Vaccination in the Punjab 1919-1929 - 1919-1929
Year: 1919
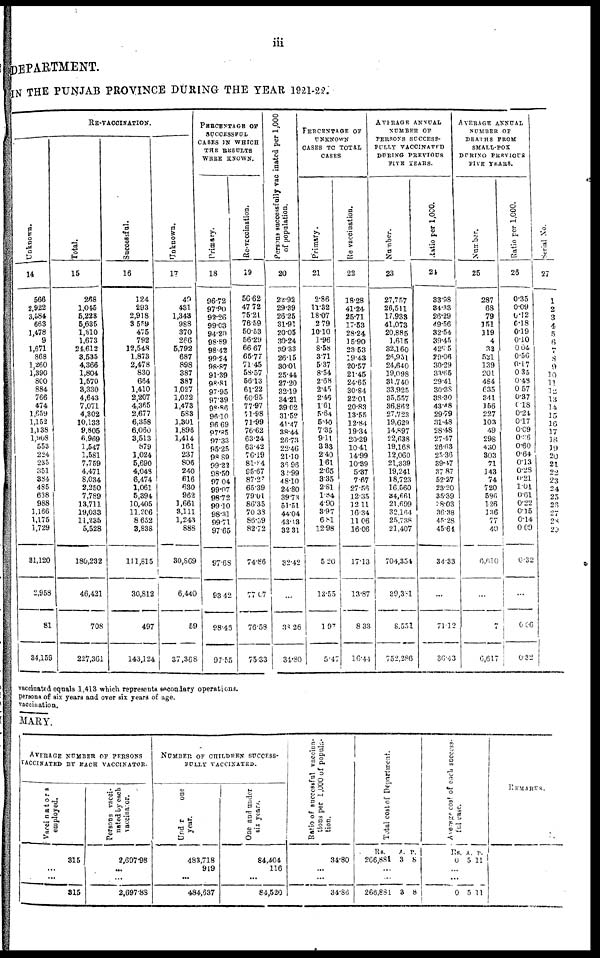
iii
DEPARTMENT.
IN THE PUNJAB PROVINCE DURING THE YEAR 1921-22.
RE-VACCINATION
Unknown.
14
566
2,922
3,584
663
1,478
9
1,671
868
1,260
1,390
800
884
766
474
1,659
1,152
1,138
1,908
553
224
235
351
384
485
638
988
1,166
1,175
1,729
31,120
2,958
81
34,159
Total.
15
268
1,045
5,223
5,635
1,310
1,673
24,612
3,535
4,366
1,804
1,570
3,330
4,643
7,071
4,302
10,133
9,805
6,969
1,547
1,581
7,759
4,471
8,034
2,250
7,789
13,711
19,033
11,235
5,528
180,232
46,421
708
227,361
Successful.
16
124
293
2,918
3,559
475
792
12,548
1,873
2,478
830
664
1,410
2,207
4,365
2,677
6,358
6,060
3,513
879
1,024
5,690
4,048
6,474
1,061
5,394
10,405
11,206
8,652
3,838
111,815
30,812
497
143,124
Unknown.
17
49
431
1,343
988
370
266
5,792
687
898
387
387
1,027
1,022
1,473
583
1,301
1,896
1,414
161
237
806
240
616
630
962
1,661
3,111
1,243
888
30,869
6,440
59
37,368
PERCENTAGE OF
SUCCESSFUL
CASES IN WHICH
THE RESULTS
WERE KNOWN.
Primary.
18
96.72
97.90
92.26
99.03
94.20
98.89
98.42
99.24
98.87
91.39
98.81
97.95
97.39
98.86
96.10
96.69
97.85
97.33
95.25
98.89
99.22
98.50
97.04
99.07
98.72
99.10
98.31
99.71
97.65
97.68
93.42
98.48
97.55
Re-vaccination.
19
56.62
47.72
75.21
76.59
50.53
56.29
66.67
65.77
71.45
58.57
56.13
61.22
60.95
77.97
71.98
71.99
76.62
63.24
63.42
76.19
81.84
86.67
87.27
65.39
79.01
86.35
70.38
86.59
82.72
74.86
77.07
76.58
75.33
Persons successfully
vaccinated per 1,000
of population.
20
22.92
29.39
26.25
31.91
20.05
30.24
39.33
26.15
30.01
25.44
27.20
32.19
34.21
39.02
31.52
41.47
38.44
26.73
22.46
21.10
36.96
32.99
48.10
24.80
39.73
51.51
44.04
43.13
32.31
32.42
...
38.26
34.80
PERCENTAGE OF
UNKNOWN
CASES TO TOTAL
CASES
Primary.
21
2.86
11.32
18.07
2.79
10.10
1.96
8.58
3.71
5.37
8.54
2.68
2.45
2.46
1.61
5.64
5.40
7.35
9.11
3.33
2.40
1.61
2.65
3.35
2.81
1.84
4.90
3.97
6.81
12.98
5.20
13.55
1.97
5.47
Re-vaccination.
22
18.28
41.24
25.71
17.53
28.24
15.90
23.53
19.43
20.57
21.45
24.65
30.84
22.01
20.83
13.55
12.84
19.34
20.29
10.41
14.99
10.39
5.37
7.67
27.56
12.35
12.11
16.34
11.06
16.06
17.13
13.87
8.33
16.44
AVERAGE ANNUAL
NUMBER OF
PERSONS SUCCESS¬
FULLY VACCINATED
DURING PREVIOUS
FIVE YEARS.
Number.
23
27,757
26,511
17,933
41,073
20,885
1,615
32,160
26,951
24,640
19,098
31,740
33,925
35,557
36,862
27,723
19,629
14,897
22,638
19,168
12,060
21,339
19,241
18,723
16,560
34,661
21,699
32,164
25,738
21,407
704,354
39,381
8,551
752,286
Ratio per 1,000.
24
33.98
34.33
26.29
49.56
32.54
39.45
42.05
20.06
30.29
33.65
29.41
30.38
38.30
43.48
29.79
31.48
28.48
27.47
26.63
25.36
39.47
37.87
52.27
23.20
35.39
38.03
36.38
45.28
45.64
34.33
...
71.12
36.43
AVERAGE ANNUAL
NUMBER OF
DEATHS FROM
SMALL-POX
DURING PREVIOUS
FIVE YEARS.
Number.
25
287
68
79
151
119
4
32
521
139
201
484
635
341
156
227
103
49
298
450
303
71
143
74
720
596
126
136
77
40
6.610
...
7
6,617
Ratio per 1,000.
26
0.35
0.09
0.12
0.18
0.19
0.10
0.04
0.56
0.17
0.35
0.48
0.57
0.37
0.18
0.24
0.17
0.09 0.86
0.60
0.64
0.13
0.28
0.21
1.01
0.61
0.22
0.15
0.14
0.09
0.32
...
0.06
0.32
serial No.
27
1
2
3
4
5
6
7
8
9
10
11
12
13
14
15
16
17
18
19
20
21
22
23
24
25
26
27
28
29
vaccinated equals 1,413 which represents secondary operations.
persons of six years and over six years of age.
vaccination.
MARY.
AVERAGE NUMBER OF PERSONS
VACCINATED BY EACH VACCINATOR.
Vaccinators
employed.
315
...
...
315
Persons vacci¬
nated by each
vaccinator.
2,697.98
...
...
2,697.88
NUMBER OF CHILDREN SUCCESS¬
FULLY VACCINATED.
Under
one
year.
483,718
919
...
484,637
One and under
six years.
84,404
116
...
84,520
Ratio of successful vaccina-
tions per 1,000 of popula-
tion.
34.80
...
...
34.86
Total cost of Department.
Rs.
266,881
A.
3
P.
8
...
...
268,681 3 8
Average cost of each success-
ful case.
Rs.
0
A.
5
P.
11
...
...
0 5 11
REMARKS.